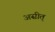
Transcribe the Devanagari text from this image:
असीत्